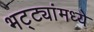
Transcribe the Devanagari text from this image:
भट्ट्यांमध्ये